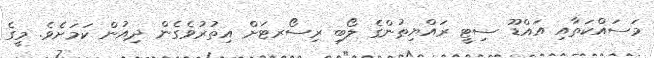
މަސައްކަތާއި އައްޑޫ ސިޓީ ރައްޔިތުންގެ ލޯބި ރިސޯރޓަށް އިތުރުވެގެން ދިއުން ކަމަށެވެ. މީގެ